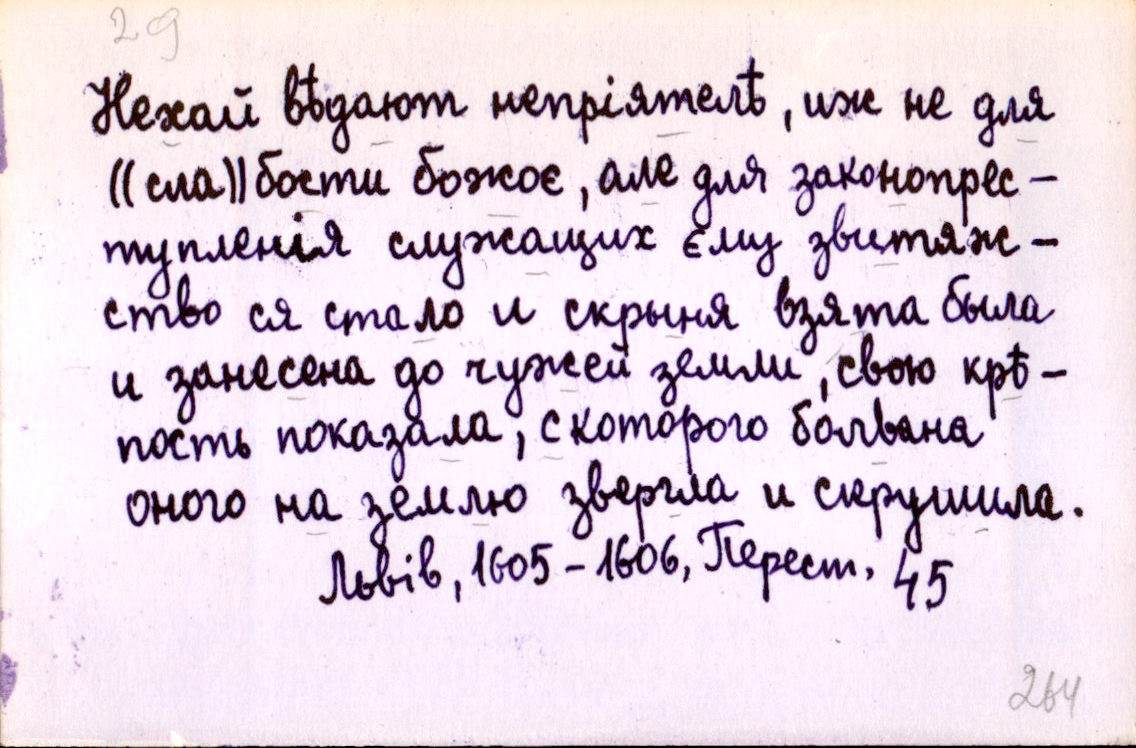
Нехай вѣдают непріятелѣ, иж не для
((сла))бости божоє, але для законопрес-
тупленія служащих єму звитяж-
ство ся стало и скрыня взята была
и занесена до чужей земли, свою крѣ-
пость показала, с которого болвана
оного на землю звергла и скрушила.
Львів, 1605-1606, Перест. 45.